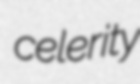
celerity